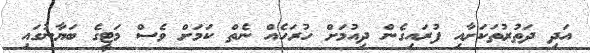
އަދި ދަތުރުތަކަށާއި ފުރައިގެން ދިއުމަށް ހުރަހެއް ނެތް ކަމަށް ވެސް މަޓީގެ ބަޔާނުގައި